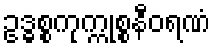
ဥဒ္ဓစ္စကုက္ကုစ္စနီဝရဏံ